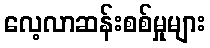
လေ့လာဆန်းစစ်မှုများ